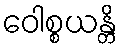
ဝေါစ္စယန္တိ